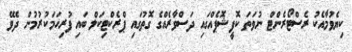
ކިޔެވުމާއެކު ރެސްޓޯރެންޓް ނުވަތަ ކޮފީޝޮޕެއްގައި ދަސްވާރެއްގެ ގޮތުގައި ޕްރެކްޓިކަލް ބައި ފުރިހަމަކުރުމުން ދެވޭ